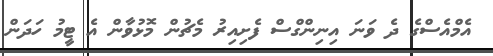
އެމްއެސްގެ ދެ ވަނަ އިނިންގްސް ފެށިއިރު މެޗުން މޮޅުވާން އެ ޓީމު ހަދަން